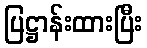
ပြဋ္ဌာန်းထားပြီး